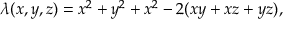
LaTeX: \lambda ( x , y , z ) = x ^ { 2 } + y ^ { 2 } + x ^ { 2 } - 2 ( x y + x z + y z ) ,